Report of the Indian Hemp Drugs Commission, 1894-1895 - Volume IV
Year: 1894
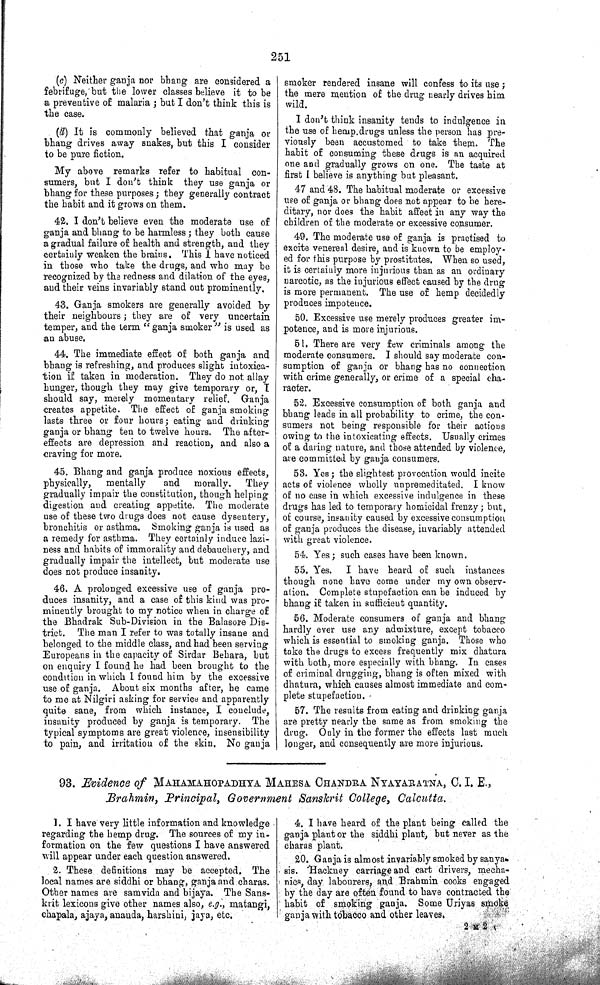
251
(c) Neither ganja nor bhang are considered a
febrifuge, but the lower classes believe it to be
a preventive of malaria; but I don't think this is
the case.
(d) It is commonly believed that ganja or
bhang drives away snakes, but this I consider
to be pure fiction.
My above remarks refer to habitual con-
sumers, but I don't think they use ganja or
bhang for these purposes; they generally contract
the habit and it grows on them.
42. I don't believe even the moderate use of
ganja and bhang to be harmless; they both cause
a gradual failure of health and strength, and they
certainly weaken the brains. This I have noticed
in those who take the drugs, and who may be
recognized by the redness and dilation of the eyes,
and their veins invariably stand out prominently.
43. Ganja smokers are generally avoided by
their neighbours; they are of very uncertain
temper, and the term "ganja smoker" is used as
an abuse.
44. The immediate effect of both ganja and
bhang is refreshing, and produces slight intoxica-
tion if taken in moderation. They do not allay
hunger, though they may give temporary or, I
should say, merely momentary relief. Ganja
creates appetite. The effect of ganja smoking
lasts three or four hours; eating and drinking
ganja or bhang ten to twelve hours. The after-
effects are depression and reaction, and also a
craving for more.
45. Bhang and ganja produce noxious effects,
physically,
mentally
and
morally.
They
gradually impair the constitution, though helping
digestion and creating appetite. The moderate
use of these two drugs does not cause dysentery,
bronchitis or asthma. Smoking ganja is used as
a remedy for asthma. They certainly induce lazi-
ness and habits of immorality and debauchery, and
gradually impair the intellect, but moderate use
does not produce insanity.
46. A prolonged excessive use of ganja pro-
duces insanity, and a case of this kind was pro-
minently brought to my notice when in charge of
the Bhadrak Sub-Division in the Balasore Dis-
trict. The man I refer to was totally insane and
belonged to the middle class, and had been serving
Europeans in the capacity of Sirdar Behara, but
on enquiry I found he had been brought to the
condition in which I found him by the excessive
use of ganja. About six months after, he came
to me at Nilgiri asking for service and apparently
quite sane, from which instance, I conclude,
insanity produced by ganja is temporary. The
typical symptoms are great violence, insensibility
to pain, and irritation of the skin. No ganja
smoker rendered insane will confess to its use;
the mere mention of the drug nearly drives him
wild.
I don't think insanity tends to indulgence in
the use of hemp drugs unless the person has pre-
viously been accustomed to take them. The
habit of consuming these drugs is an acquired
one and gradually grows on one. The taste at
first I believe is anything but pleasant.
47 and 48. The habitual moderate or excessive
use of ganja or bhang does not appear to be here-
ditary, nor does the habit affect in any way the
children of the moderate or excessive consumer.
49. The moderate use of ganja is practised to
excite venereal desire, and is known to be employ-
ed for this purpose by prostitutes. When so used,
it is certainly more injurious than as an ordinary
narcotic, as the injurious effect caused by the drug
is more permanent. The use of hemp decidedly
produces impotence.
50. Excessive use merely produces greater im-
potence, and is more injurious.
51. There are very few criminals among the
moderate consumers. I should say moderate con-
sumption of ganja or bhang has no connection
with crime generally, or crime of a special cha-
racter.
52. Excessive consumption of both ganja and
bhang leads in all probability to crime, the con-
sumers not being responsible for their actions
owing to the intoxicating effects. Usually crimes
of a daring nature, and those attended by violence,
are committed by ganja consumers.
53. Yes; the slightest provocation would incite
acts of violence wholly unpremeditated. I know
of no case in which excessive indulgence in these
drugs has led to temporary homicidal frenzy; but,
of course, insanity caused by excessive consumption
of ganja produces the disease, invariably attended
with great violence.
54. Yes; such cases have been known.
55. Yes. I have heard of such instances
though none have come under my own observ-
ation. Complete stupefaction can be induced by
bhang if taken in sufficient quantity.
56. Moderate consumers of ganja and bhang
hardly ever use any admixture, except tobacco
which is essential to smoking ganja. Those who
take the drugs to excess frequently mix dhatura
with both, more especially with bhang. In cases
of criminal drugging, bhang is often mixed with
dhatura, which causes almost immediate and com-
plete stupefaction.
57. The results from eating and drinking ganja
are pretty nearly the same as from smoking the
drug. Only in the former the effects last much
longer, and consequently are more injurious.
93. Evidence of MAHAMAHOPADHYA MAHESA CHANDRA NYAYARATNA, C. I. E.,
Brahmin, Principal, Government Sanskrit College, Calcutta.
1. I have very little information and knowledge
regarding the hemp drug. The sources of my in-
formation on the few questions I have answered
will appear under each question answered.
2. These definitions may be accepted. The
local names are siddhi or bhang, ganja and charas.
Other names are samvida and bijaya. The Sans-
krit lexicons give other names also, e.g., matangi,
chapala, ajaya, ananda, harshini, jaya, etc.
4. I have heard of the plant being called the
ganja plant or the siddhi plant, but never as the
charas plant.
20. Ganja is almost invariably smoked by sanya-
sis. Hackney carriage and cart drivers, mecha-
nics, day labourers, and Brahmin cooks engaged
by the day are often found to have contracted the
habit of smoking ganja. Some Uriyas smoke
ganja with tobacco and other leaves.
2
M
2